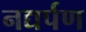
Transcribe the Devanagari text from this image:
नद्यर्पण